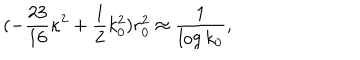
( - \frac { 2 3 } { 1 6 } \kappa ^ { 2 } + \frac 1 2 k _ { 0 } ^ { 2 } ) r _ { 0 } ^ { 2 } \approx \frac { 1 } { \log k _ { 0 } } ,